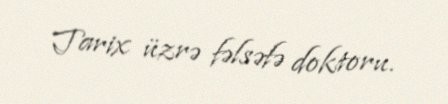
Tarix üzrə fəlsəfə doktoru.